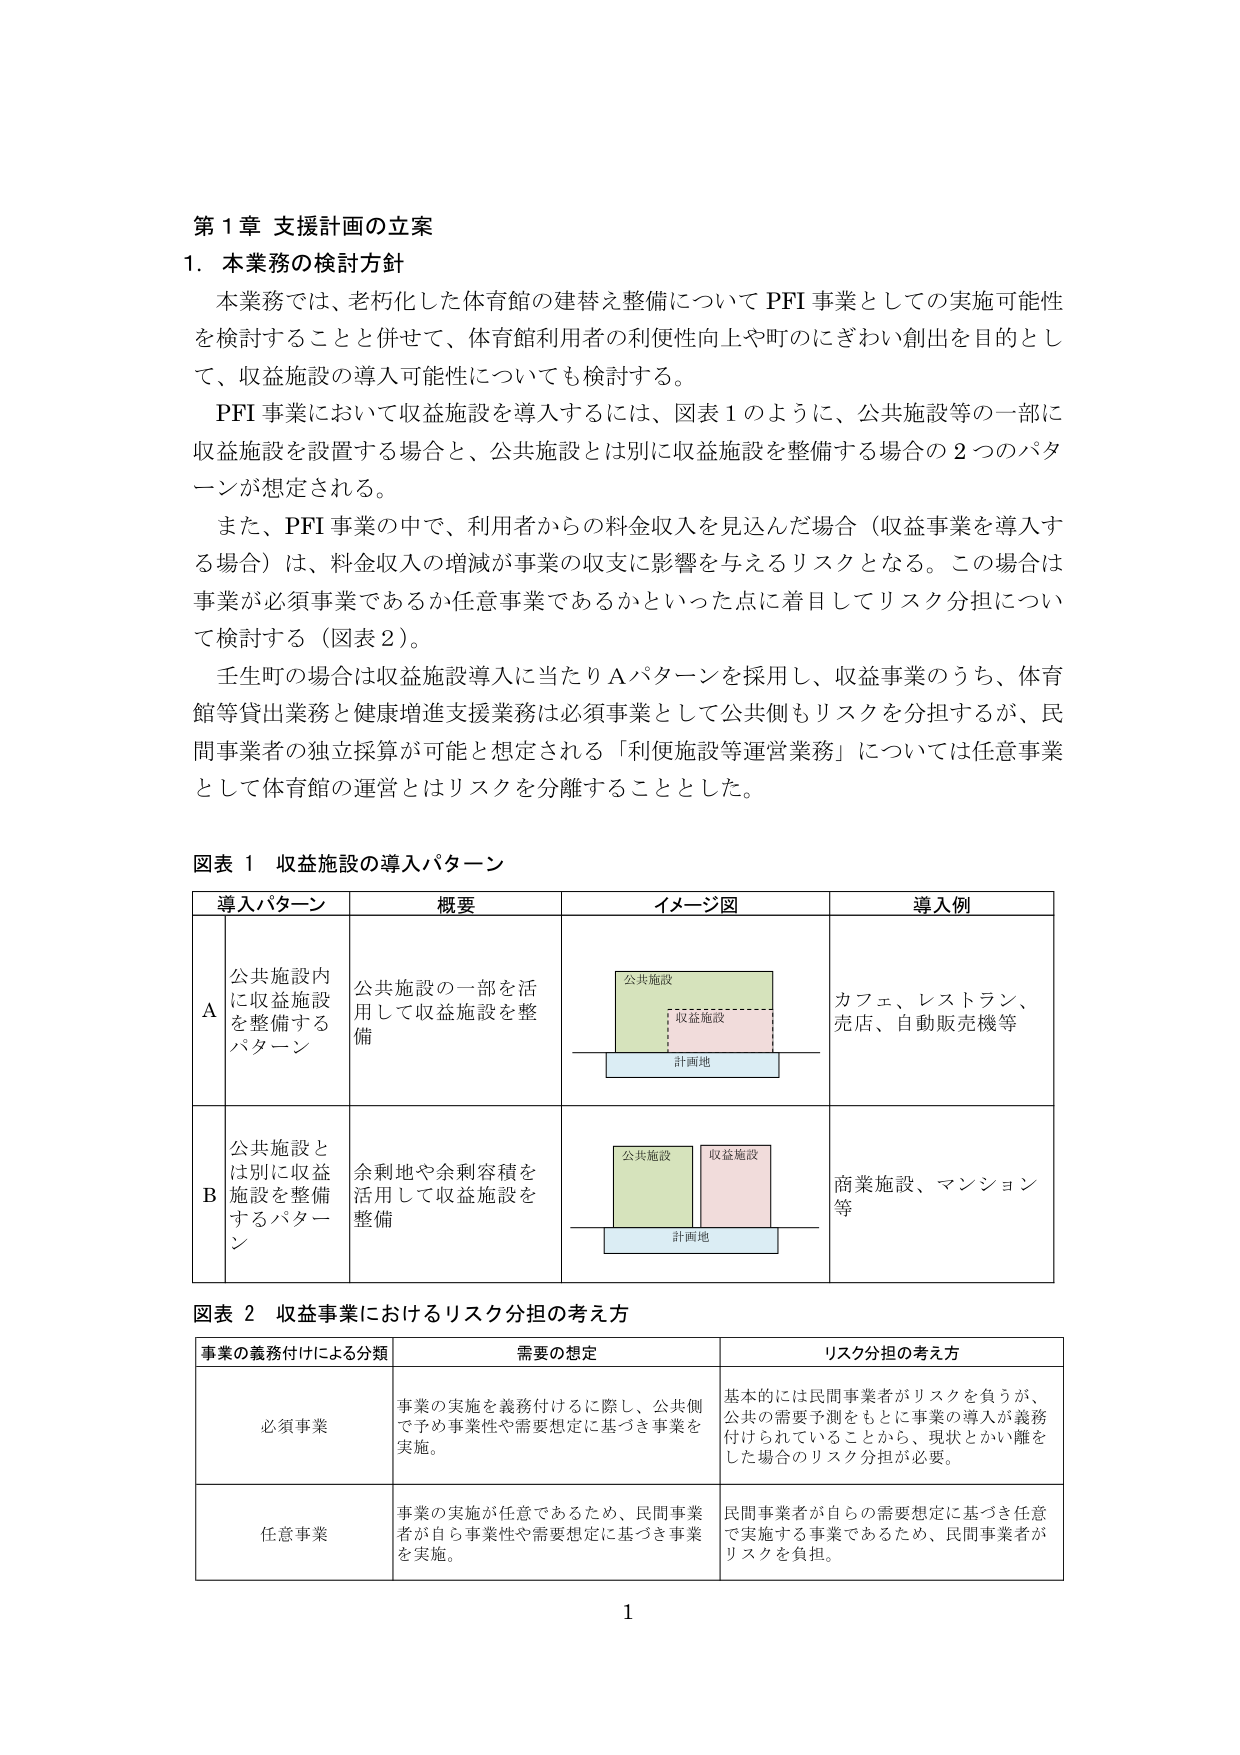
第１章 支援計画の立案

１．本業務の検討方針

本業務では、老朽化した体育館の建替え整備についてPFI事業としての実施可能性を検討することと併せて、体育館利用者の利便性向上や町のにぎわい創出を目的として、収益施設の導入可能性についても検討する。

PFI事業において収益施設を導入するには、図表１のように、公共施設等の一部に収益施設を設置する場合と、公共施設とは別に収益施設を整備する場合の２つのパターンが想定される。

また、PFI事業の中で、利用者からの料金収入を見込んだ場合（収益事業を導入する場合）は、料金収入の増減が事業の収支に影響を与えるリスクとなる。この場合は事業が必須事業であるか任意事業であるかといった点に着目してリスク分担について検討する（図表２）。

壬生町の場合は収益施設導入に当たりAパターンを採用し、収益事業のうち、体育館等貸出業務と健康増進支援業務は必須事業として公共側もリスクを分担するが、民間事業者の独立採算が可能と想定される「利便施設等運営業務」については任意事業として体育館の運営とはリスクを分離することとした。

図表１ 収益施設の導入パターン

| 導入パターン | 概要 | イメージ図 | 導入例 |
|--------------|------|------------|--------|
| A | 公共施設内に収益施設を整備するパターン | 公共施設<br>収益施設<br>計画地 | カフェ、レストラン、売店、自動販売機等 |
| B | 公共施設とは別に収益施設を整備するパターン | 公共施設<br>収益施設<br>計画地 | 商業施設、マンション等 |

図表２ 収益事業におけるリスク分担の考え方

| 事業の義務付けによる分類 | 需要の想定 | リスク分担の考え方 |
|--------------------------|------------|------------------|
| 必須事業 | 事業の実施を義務付けるに際し、公共側で予め事業性や需要想定に基づき事業を実施。 | 基本的には民間事業者がリスクを負うが、公共の需要予測をもとに事業の導入が義務付けられていることから、現状とかい離をした場合のリスク分担が必要。 |
| 任意事業 | 事業の実施が任意であるため、民間事業者が自ら事業性や需要想定に基づき事業を実施。 | 民間事業者が自らの需要想定に基づき任意で実施する事業であるため、民間事業者がリスクを負担。 |

1